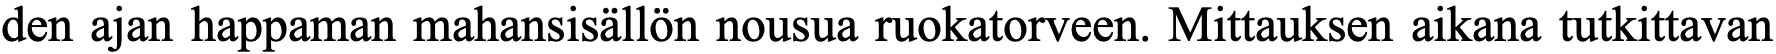
den ajan happaman mahansisällön nousua ruokatorveen. Mittauksen aikana tutkittavan